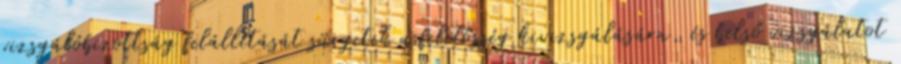
vizsgálóbizottság felállítását sürgetik a felelősség kivizsgálására, és belső vizsgálatot